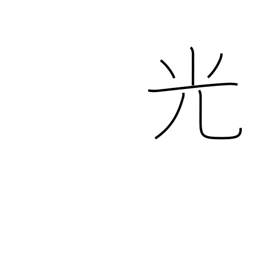
Meaning: light